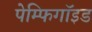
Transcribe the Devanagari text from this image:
पेम्फिगॉइड